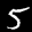
Label: 5